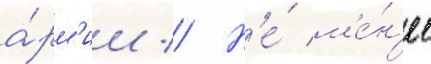
а́рм'ии // Н'е́ м'е́н'ее